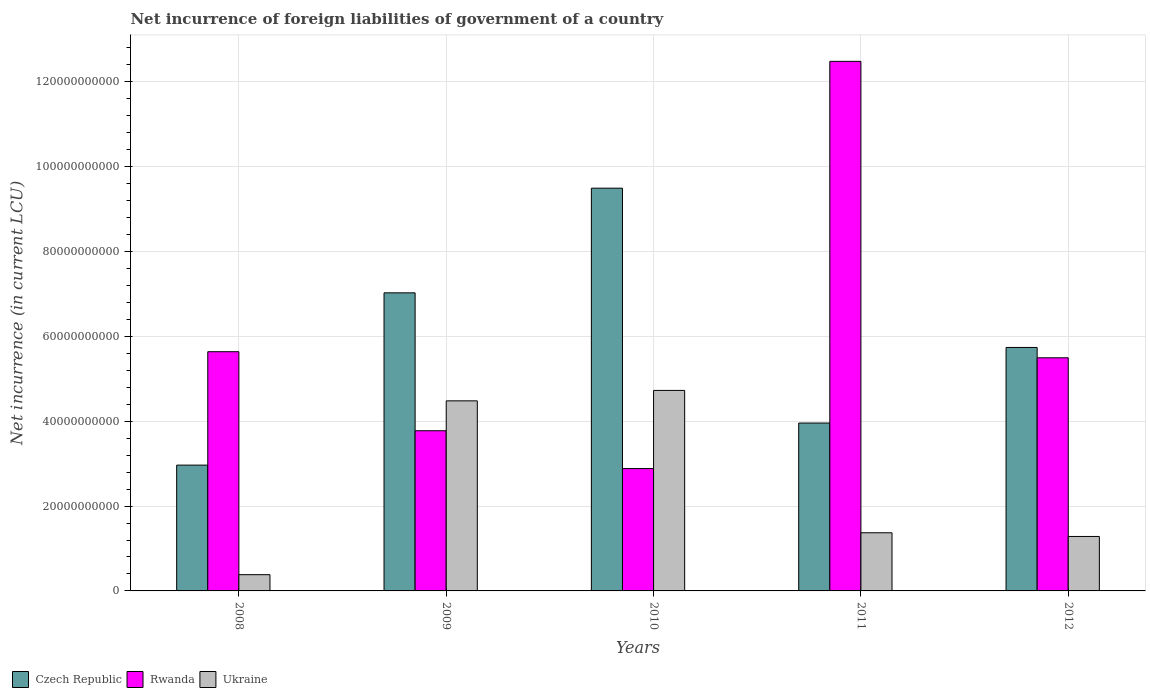
| Years | Czech Republic | Rwanda | Ukraine |
 | --- | --- | --- | --- |
 | 2008 | 2.96e+10 | 5.64e+10 | 3.83e+09 |
 | 2009 | 7.03e+10 | 3.78e+10 | 4.48e+10 |
 | 2010 | 9.49e+10 | 2.88e+10 | 4.73e+10 |
 | 2011 | 3.96e+10 | 1.25e+11 | 1.37e+10 |
 | 2012 | 5.74e+10 | 5.49e+10 | 1.28e+10 |